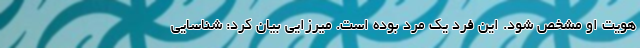
هویت او مشخص شود. این فرد یک مرد بوده است. میرزایی بیان کرد: شناسایی